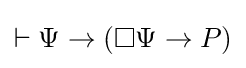
\vdash \Psi \rightarrow (\Box \Psi \rightarrow P)